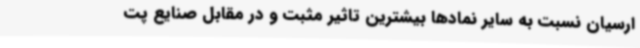
ارسیان نسبت به سایر نمادها بیشترین تاثیر مثبت و در مقابل صنایع پت